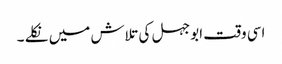
اسی وقت ابوجہل کی تلاش میں نکلے ۔